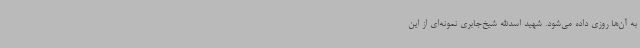
به آن‌ها روزی داده می‌شود. شهید اسدالله شیخ‌جابری نمونه‌ای از این